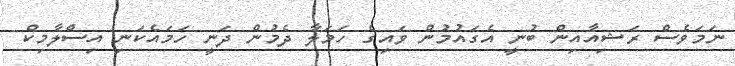
ނަމަވެސް ރަޝިއާއިން ބުނީ އެގައުމުން ވައިގެ ހަމަލާ ދެމުން ދަނީ ހަމައެކަނި އިސްލާމިކް